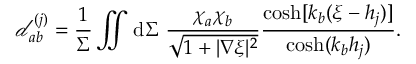
\mathcal { d } _ { a b } ^ { ( j ) } = \frac { 1 } { \Sigma } \iint \mathrm { d } \Sigma ~ \frac { \chi _ { a } \chi _ { b } } { \sqrt { 1 + | \nabla \xi | ^ { 2 } } } \frac { \cosh [ k _ { b } ( \xi - h _ { j } ) ] } { \cosh ( k _ { b } h _ { j } ) } .